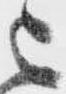
被